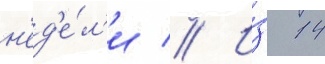
н'ед'е́л'и // И́з 14